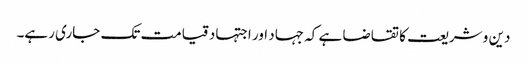
دین و شریعت کا تقاضا ہے کہ جہاد اور اجتہاد قیامت تک جاری رہے۔